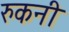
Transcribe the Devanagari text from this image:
रुकनी